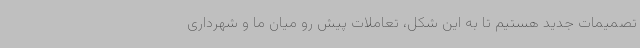
تصمیمات جدید هستیم تا به این شکل، تعاملات پیش رو میان ما و شهرداری